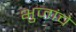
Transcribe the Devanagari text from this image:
भुजांचे